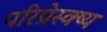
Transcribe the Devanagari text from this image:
परिप्रेस्क्ष्य